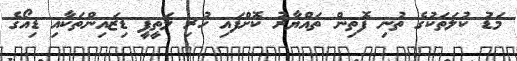
މަޑު ކުލަތަކުގެ ތުނި ފޮތިން ތައްޔާރު ކޮށްފައި ހުރި ލަތީފީ ޑިޒައިންތަކާއި ޑިއޯގެ